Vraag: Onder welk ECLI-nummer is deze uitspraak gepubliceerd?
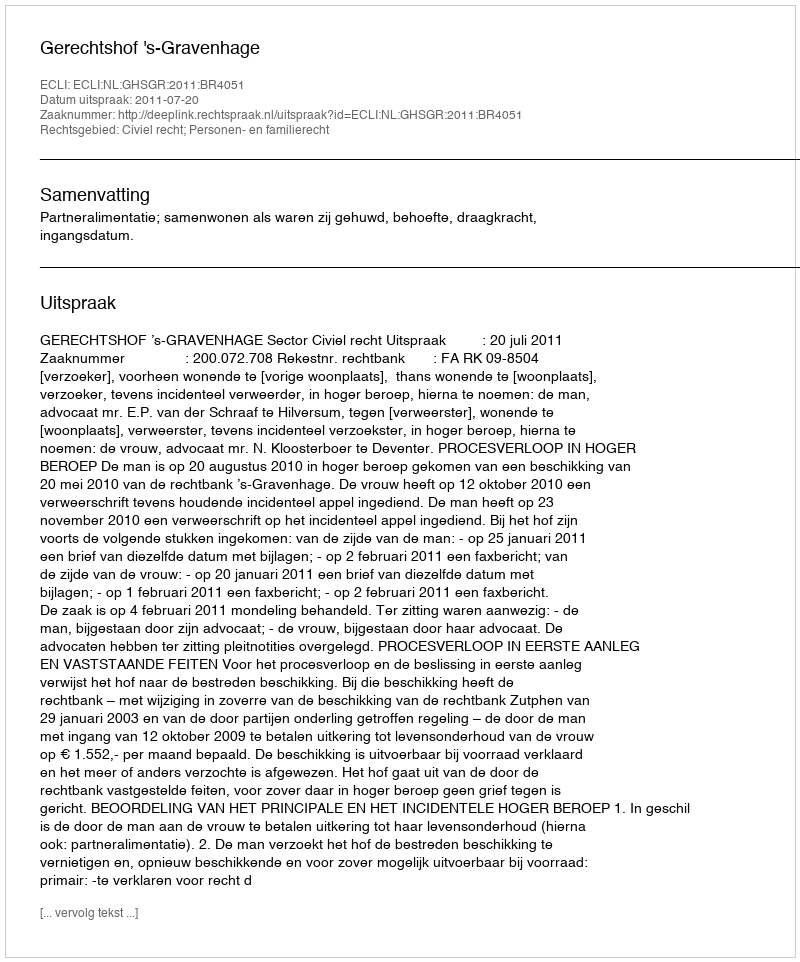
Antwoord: ECLI:NL:GHSGR:2011:BR4051